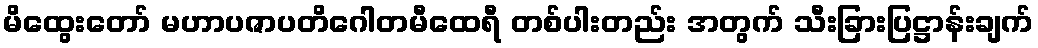
မိထွေးတော် မဟာပဇာပတိဂေါတမီထေရီ တစ်ပါးတည်း အတွက် သီးခြားပြဋ္ဌာန်းချက်